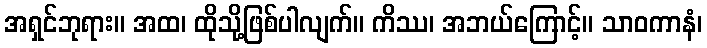
အရှင်ဘုရား။ အထ၊ ထိုသို့ဖြစ်ပါလျက်။ ကိဿ၊ အဘယ်ကြောင့်။ သာဝကာနံ၊